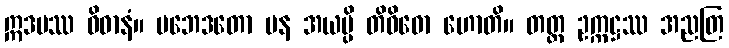
ဣဒမဿ ဝိဓာနံ။ ပဘေဒတော ပန အယမ္ပိ တိဝိဓော ဟောတိ။ တတ္ထ ဥက္ကဋ္ဌဿ အညတြ